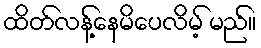
ထိတ်လန့်နေမိပေလိမ့် မည်။